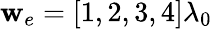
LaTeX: \mathbf{w}_{e}=[1,2,3,4]\lambda_{0}